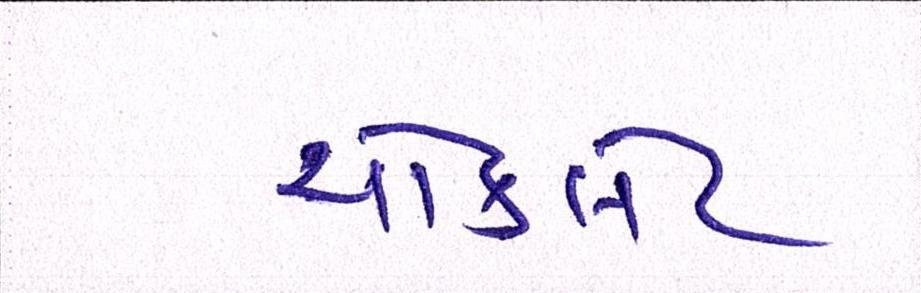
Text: ચૉકલેટ